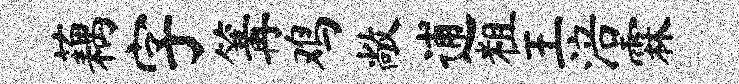
藕字篝鸡敞逋粗王涪霖